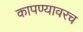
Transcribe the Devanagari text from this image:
कापण्यावरच